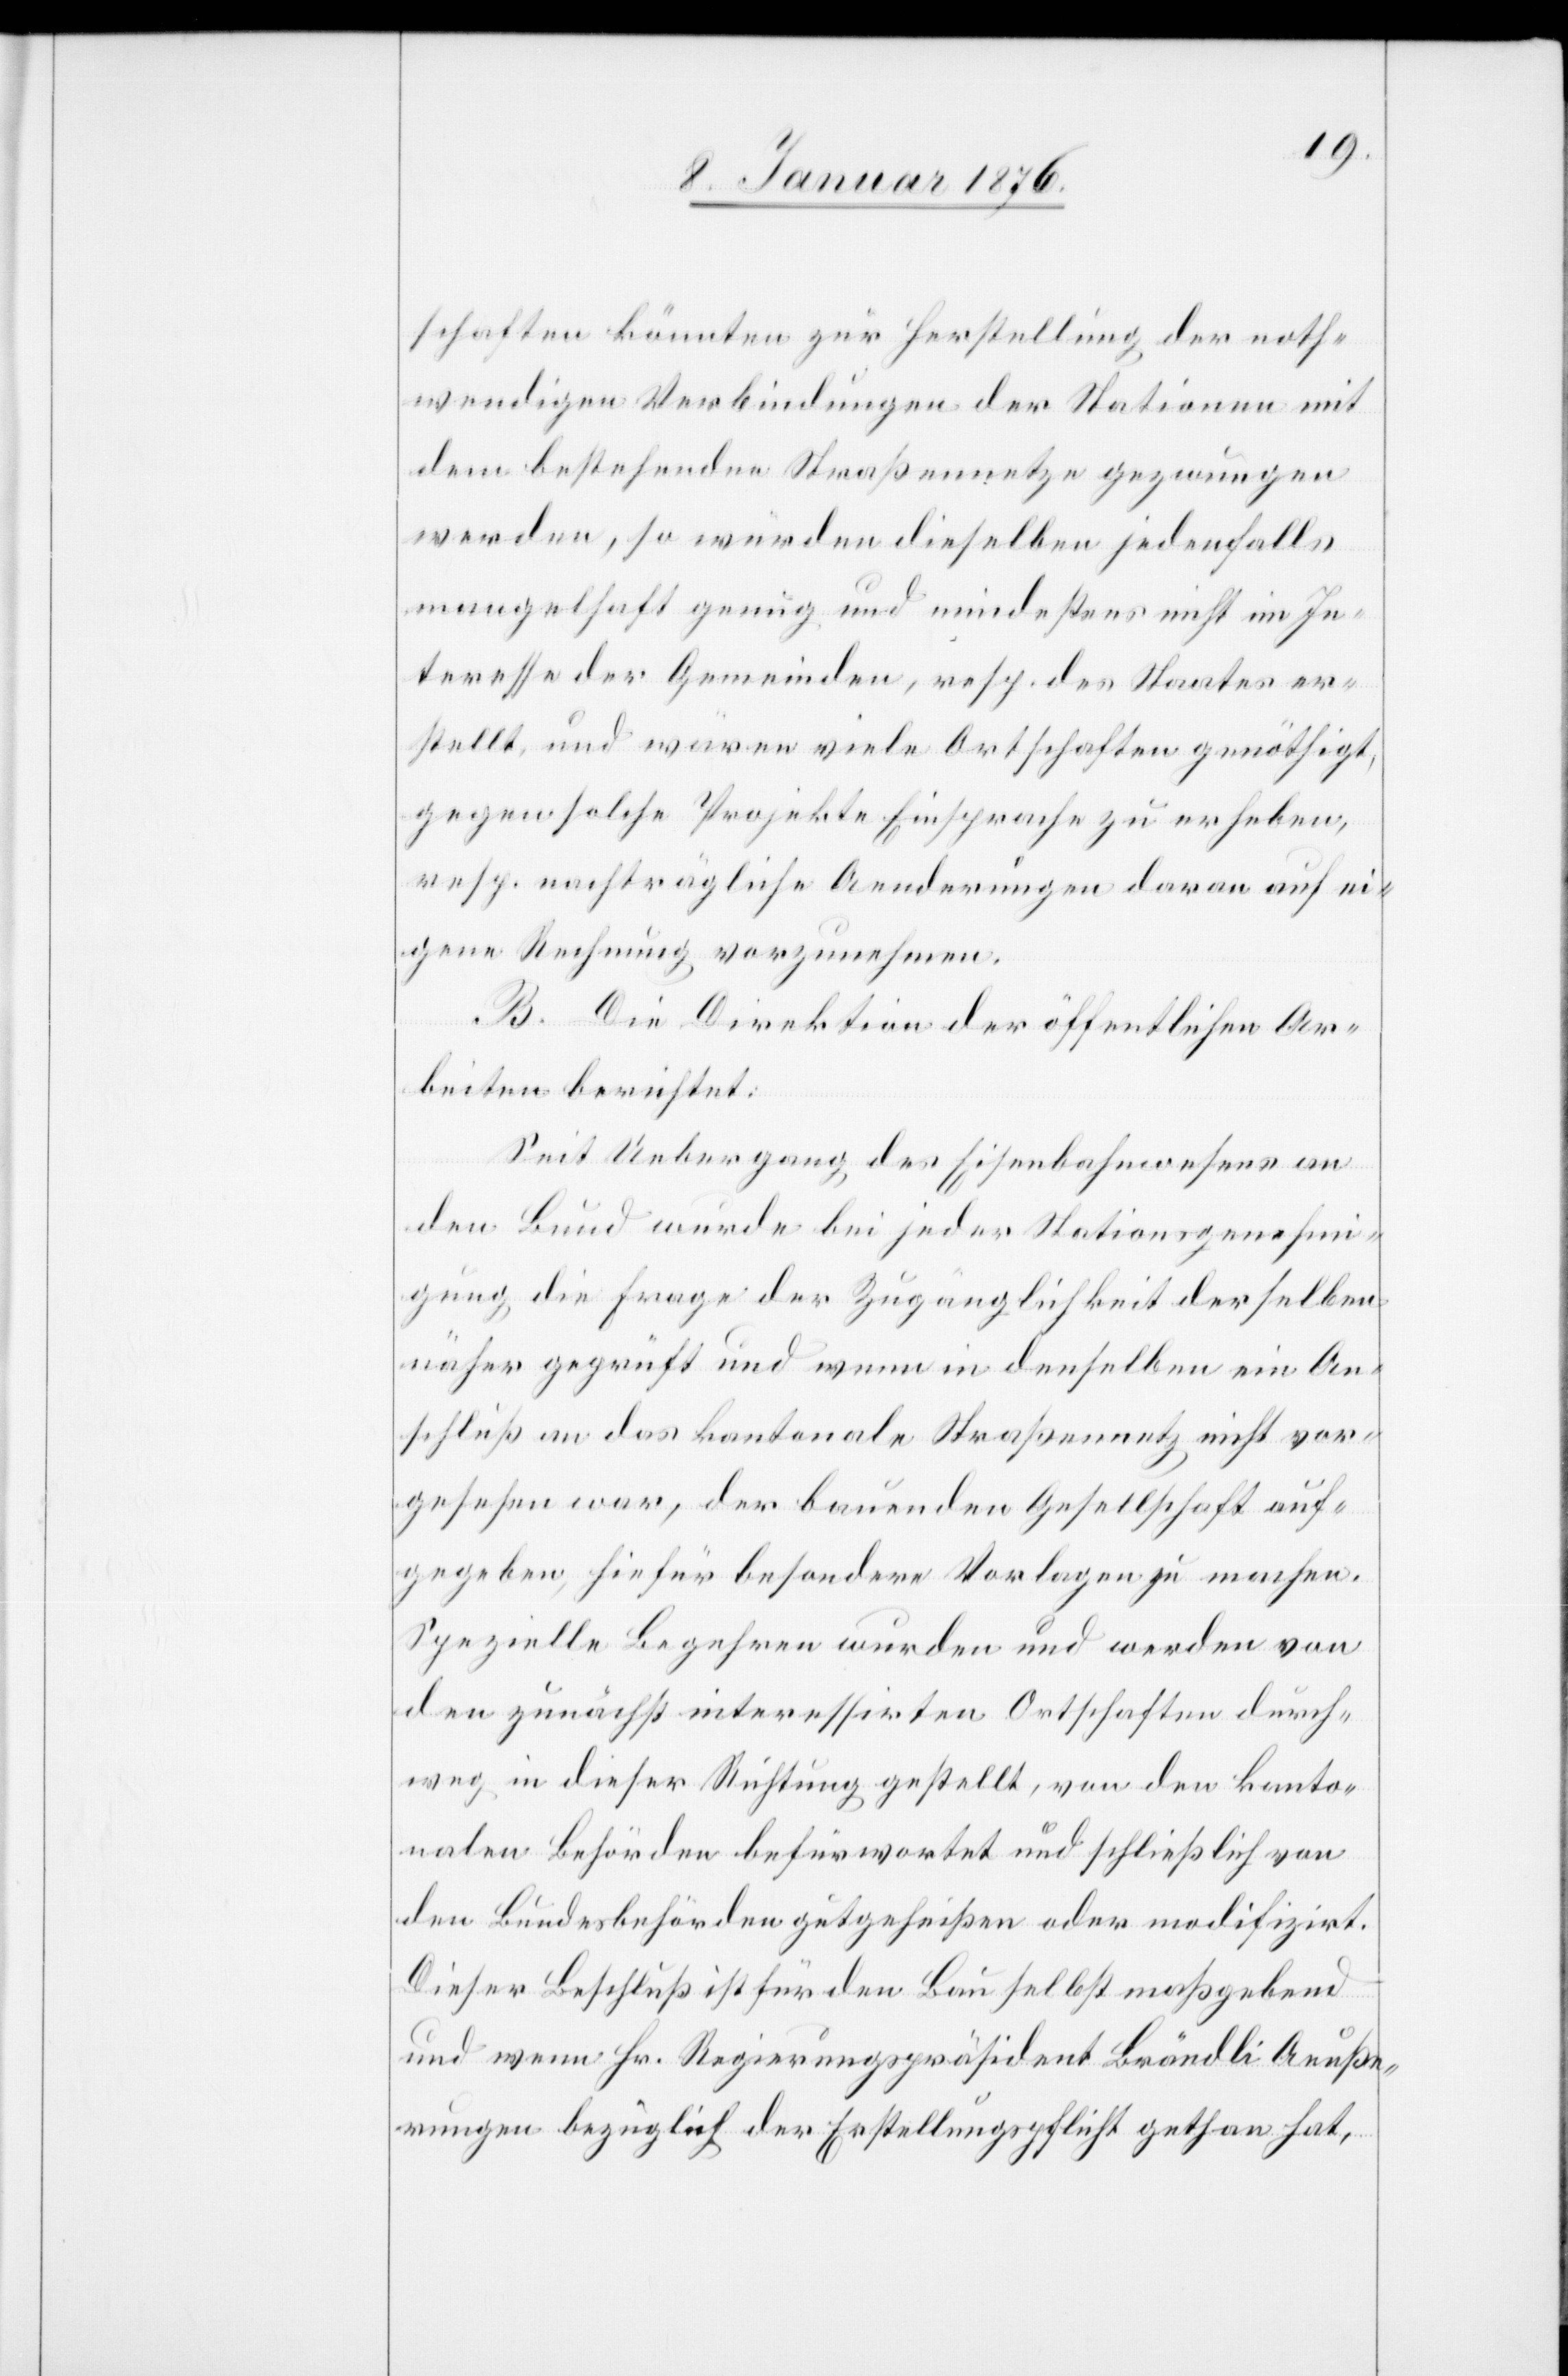
schaften könnten zur Herstellung der noth¬
wendigen Verbindungen der Stationen mit
dem bestehenden Straßennetze gezwungen
werden, so würden dieselben jedenfalls
mangelhaft genug und mindestens nicht im In¬
teresse der Gemeinden, resp. des Staates er¬
stellt, und wären viele Ortschaften genöthigt,
gegen solche Projekte Einsprache zu erheben,
resp. nachträgliche Aenderungen daran auf ei¬
gene Rechnung vorzunehmen.
B. Die Direktion der öffentlichen Ar¬
beiten berichtet:
Seit Uebergang des Eisenbahnwesens an
den Bund wurde bei jeder Stationsgenehmi¬
gung die Frage der Zugänglichkeit derselben
näher geprüft und wenn in denselben ein An¬
schluß an das kantonale Straßennetz nicht vor¬
gesehen war, der bauenden Gesellschaft auf¬
gegeben, hiefür besondere Vorlagen zu machen.
Spezielle Begehren wurden und werden von
den zunächst interessirten Ortschaften durch¬
weg in dieser Richtung gestellt, von den kanto¬
nalen Behörden befürwortet und schließlich von
den Bundesbehörden gutgeheißen oder modifizirt.
Dieser Beschluß ist für den Bau selbst maßgebend
und wenn Hr. Regierungspräsident Brändli Aeuße¬
rungen bezüglich der Erstellungspflicht gethan hat,